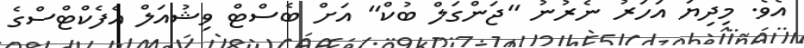
އެވެ. މިދިޔަ އަހަރު ނެރުނު "ޖަންގަލް ބުކް" އަށް ބެސްޓް ވިޝުއަލް އެފެކްޓްސްގެ